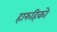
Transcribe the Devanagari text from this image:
हारुहिको